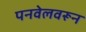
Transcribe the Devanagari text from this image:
पनवेलवरून